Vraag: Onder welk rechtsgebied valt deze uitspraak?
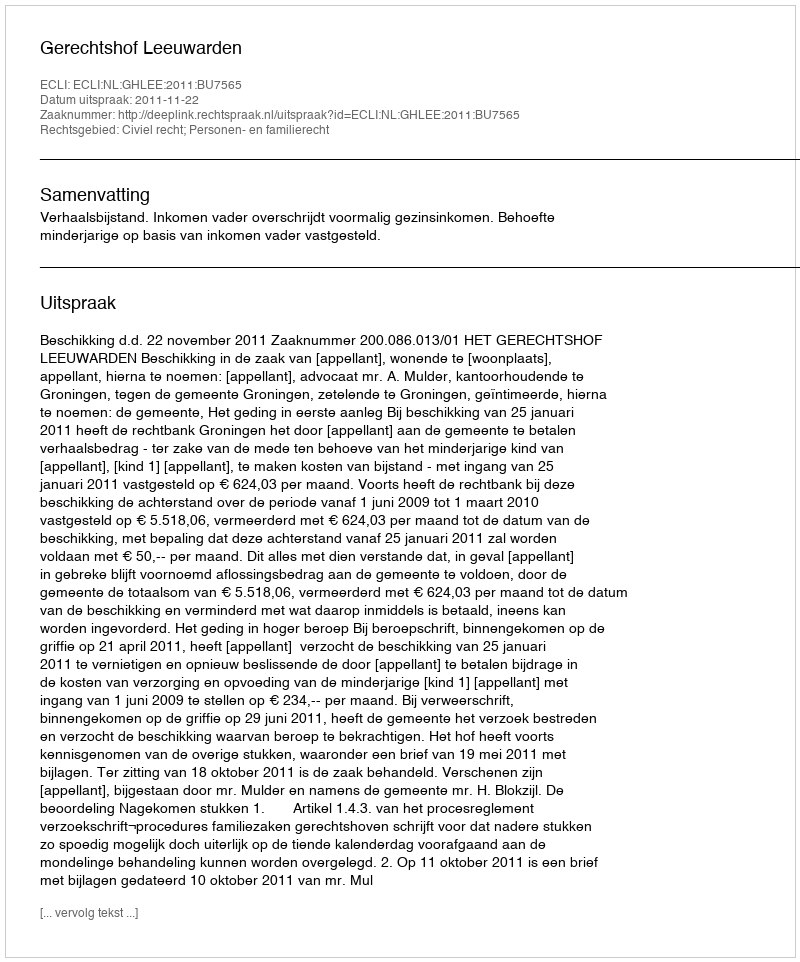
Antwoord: Civiel recht; Personen- en familierecht